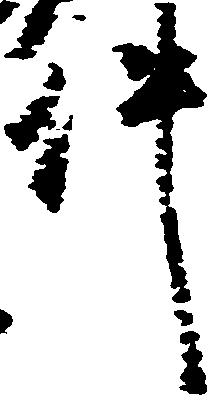
件